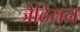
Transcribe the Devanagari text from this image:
जेठियन